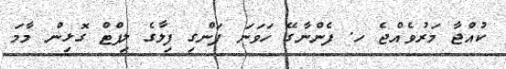
ކުއްޖާ މަރުވެއްޖެ ހ. ފެންނާގޭ ހަވަނަ ފަންގި ފިލާގެ ލިފްޓް ގޮޅިން މާމަ